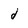
Character: d